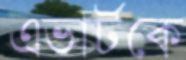
এভার্টকে